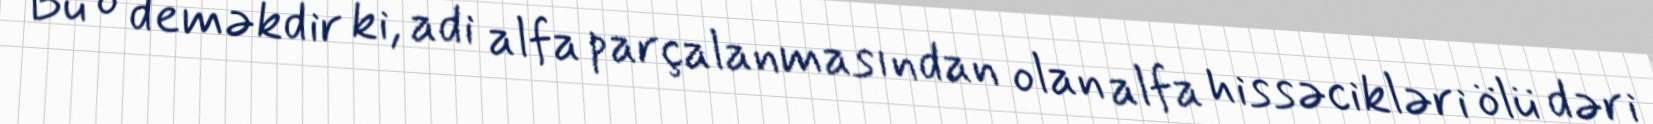
Bu o deməkdir ki, adi alfa parçalanmasından olan alfa hissəcikləri ölü dəri